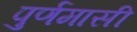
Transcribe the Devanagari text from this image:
पुर्णमासी